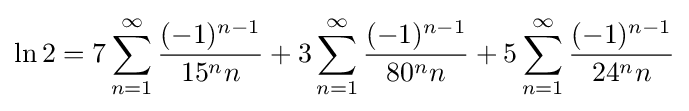
\ln 2=7\sum _{n=1}^{\infty }{\frac {(-1)^{n-1}}{15^{n}n}}+3\sum _{n=1}^{\infty }{\frac {(-1)^{n-1}}{80^{n}n}}+5\sum _{n=1}^{\infty }{\frac {(-1)^{n-1}}{24^{n}n}}